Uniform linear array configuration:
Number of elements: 24
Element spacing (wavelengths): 0.25
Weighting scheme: binomial
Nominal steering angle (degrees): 0
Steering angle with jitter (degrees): -0.966
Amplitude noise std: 0.05
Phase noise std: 0.05

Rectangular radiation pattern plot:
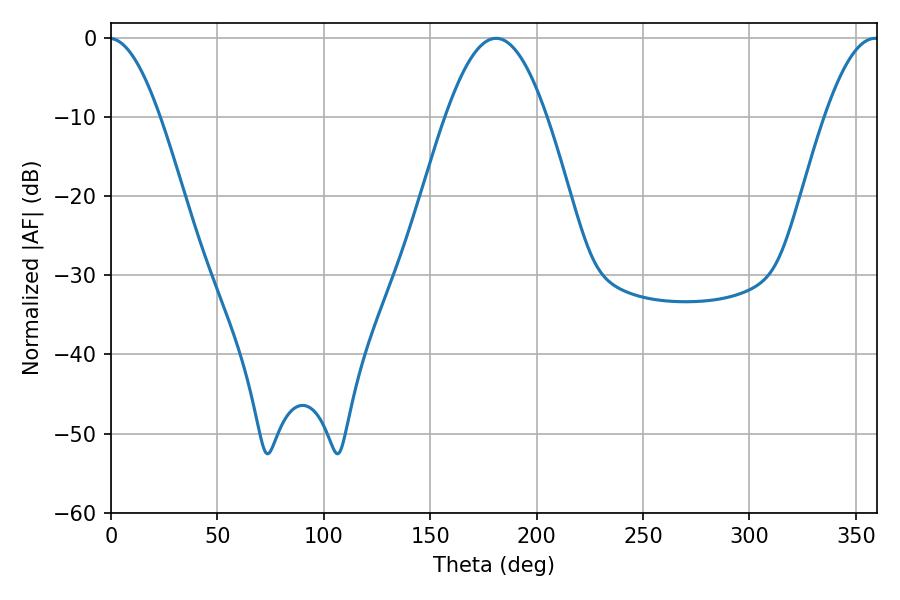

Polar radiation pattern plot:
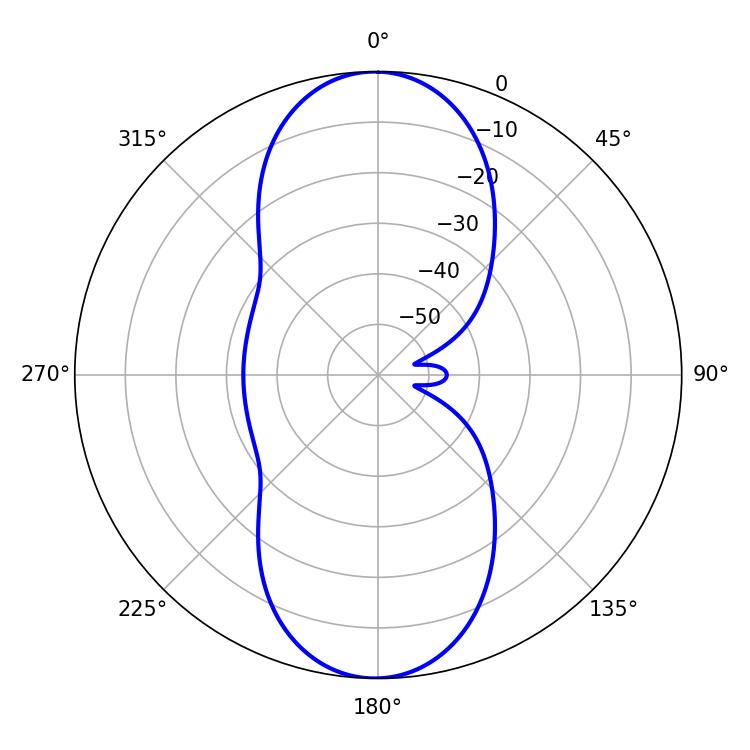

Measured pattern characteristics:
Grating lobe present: FALSE
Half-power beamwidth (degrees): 25.74
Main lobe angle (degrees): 180.9